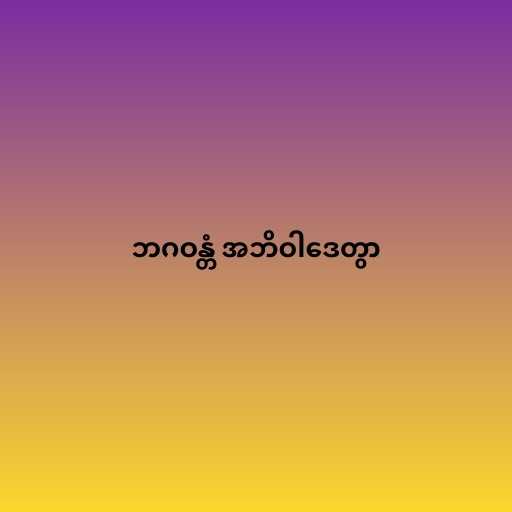
ဘဂဝန္တံ အဘိဝါဒေတွာ